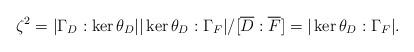
LaTeX: \begin{align*}\zeta^2=|\Gamma_D:\ker\theta_D||\ker\theta_D:\Gamma_F|/[\overline{D}:\overline{F}]=|\ker\theta_D:\Gamma_F|.\end{align*}